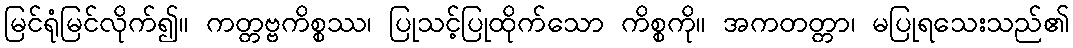
မြင်ရုံမြင်လိုက်၍။ ကတ္တဗ္ဗကိစ္စဿ၊ ပြုသင့်ပြုထိုက်သော ကိစ္စကို။ အကတတ္တာ၊ မပြုရသေးသည်၏